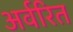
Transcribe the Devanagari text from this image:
अर्वरित